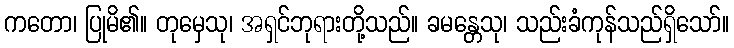
ကတော၊ ပြုမိ၏။ တုမှေသု၊ အရှင်ဘုရားတို့သည်။ ခမန္တေသု၊ သည်းခံကုန်သည်ရှိသော်။